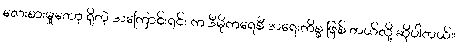
လေးစားမှုတော့ ရှိတဲ့ အကြောင်းရင်း က ဒီမိုကရေစီ အရေးကိစ္စ ဖြစ် တယ်လို့ ဆိုပါတယ်။